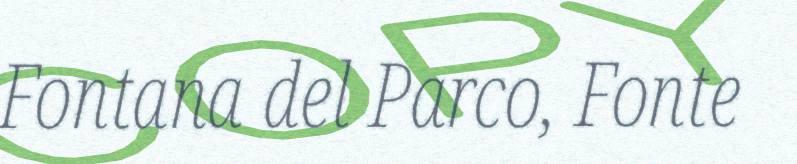
Fontana del Parco, Fonte